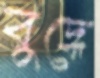
বুদ্ধে